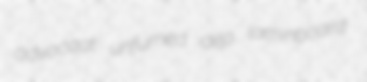
advocaat unfumed dep laminboard